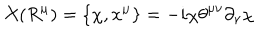
{ \cal X } ( R ^ { \mu } ) = \{ { \chi } , x ^ { \mu } \} = - i { \chi } { \theta } ^ { { \mu } { \nu } } { \partial } _ { \nu } { \chi }